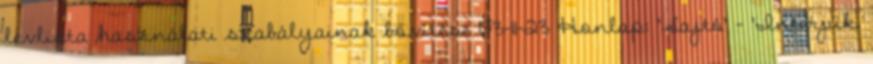
levlista használati szabályainak bővítése 03-11-23 Honlap: 'Sajtó' - 'Interjúk,